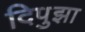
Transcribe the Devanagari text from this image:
दिपुझा